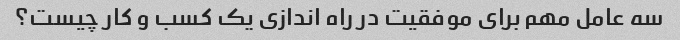
سه عامل مهم برای موفقیت در راه اندازی یک کسب و کار چیست؟